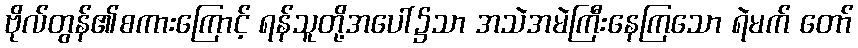
ဗိုလ်တွန်၏စကားကြောင့် ရန်သူတို့အပေါ်၌သာ အသဲအမဲကြီးနေကြသော ရဲမက် တော်